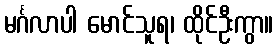
မင်္ဂလာပါ မောင်သူရ၊ ထိုင်ဦးကွာ။